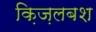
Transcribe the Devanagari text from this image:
क़िज़लबश